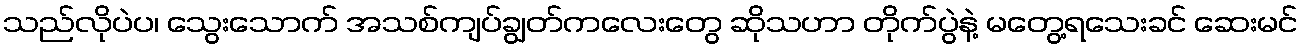
သည်လိုပဲပ၊ သွေးသောက် အသစ်ကျပ်ချွတ်ကလေးတွေ ဆိုသဟာ တိုက်ပွဲနဲ့ မတွေ့ရသေးခင် ဆေးမင်